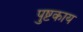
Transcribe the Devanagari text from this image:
पुष्टकाय